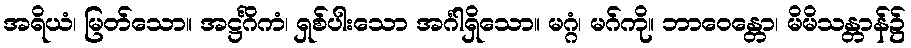
အရိယံ၊ မြတ်သော။ အဋ္ဌင်္ဂိကံ၊ ရှစ်ပါးသော အင်္ဂါရှိသော။ မဂ္ဂံ၊ မဂ်ကို။ ဘာဝေန္တော၊ မိမိသန္တာန်၌